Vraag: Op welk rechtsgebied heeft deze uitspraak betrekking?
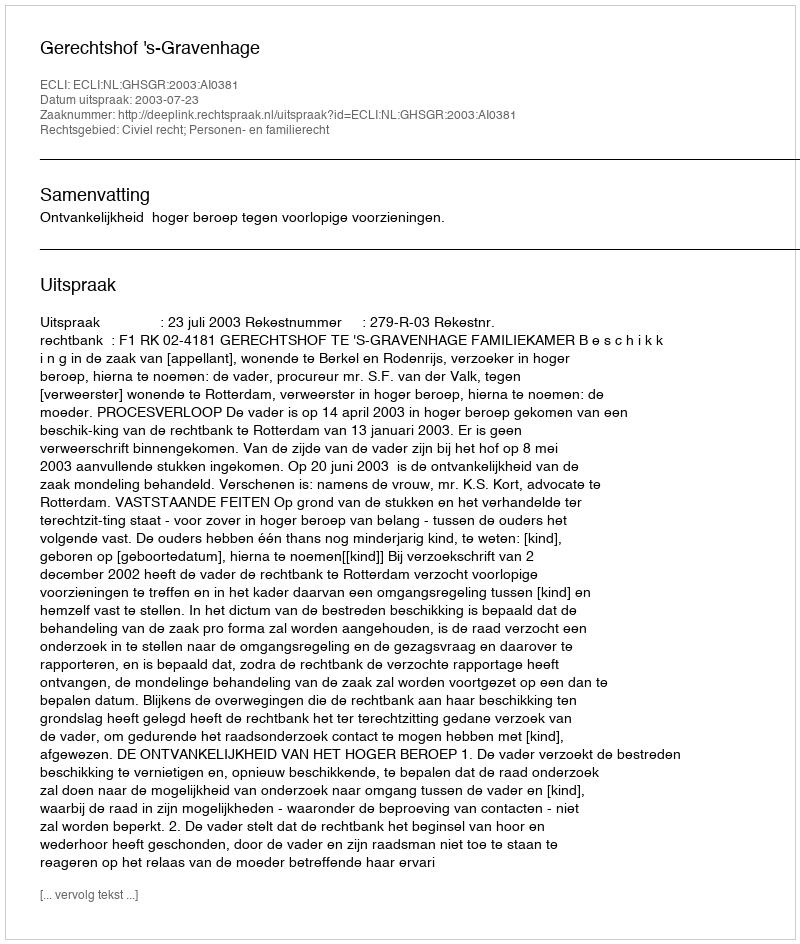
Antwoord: Civiel recht; Personen- en familierecht